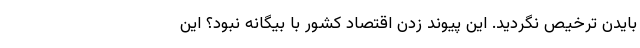
بایدن ترخیص نگردید. این پیوند زدن اقتصاد کشور با بیگانه نبود؟ این